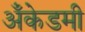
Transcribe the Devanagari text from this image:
अँकेडमी